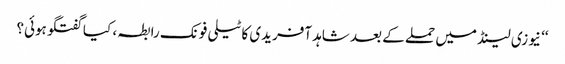
‘‘ نیوزی لینڈ میں حملے کے بعد شاہد آفریدی کا ٹیلی فونک رابطہ ، کیا گفتگو ہوئی؟